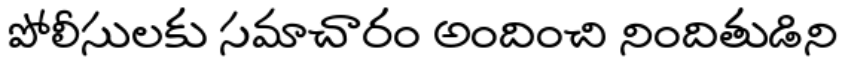
పోలీసులకు సమాచారం అందించి నిందితుడిని